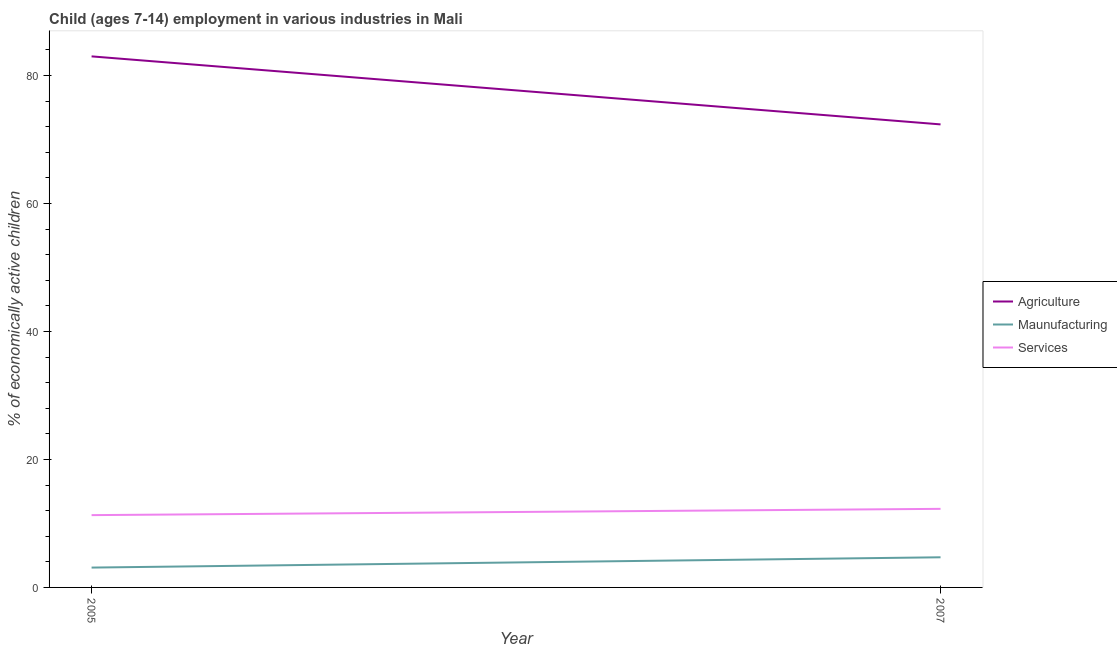
| Year | Agriculture | Maunufacturing | Services |
 | --- | --- | --- | --- |
 | 2005 | 83 | 3.1 | 11.3 |
 | 2007 | 72.4 | 4.71 | 12.3 |